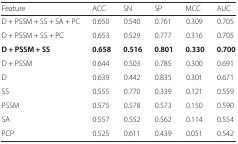
<table><thead><tr><td><b>Feature</b></td><td><b>ACC</b></td><td><b>SN</b></td><td><b>SP</b></td><td><b>MCC</b></td><td><b>AUC</b></td></tr></thead><tbody><tr><td>D + PSSM + SS + SA + PC</td><td>0.650</td><td>0.540</td><td>0.761</td><td>0.309</td><td>0.705</td></tr><tr><td>D + PSSM + SS + PC</td><td>0.653</td><td>0.529</td><td>0.777</td><td>0.316</td><td>0.705</td></tr><tr><td><b>D + PSSM + SS</b></td><td><b>0.658</b></td><td><b>0.516</b></td><td><b>0.801</b></td><td><b>0.330</b></td><td><b>0.700</b></td></tr><tr><td>D + PSSM</td><td>0.644</td><td>0.503</td><td>0.785</td><td>0.300</td><td>0.691</td></tr><tr><td>D</td><td>0.639</td><td>0.442</td><td>0.835</td><td>0.301</td><td>0.671</td></tr><tr><td>SS</td><td>0.555</td><td>0.770</td><td>0.339</td><td>0.121</td><td>0.559</td></tr><tr><td>PSSM</td><td>0.575</td><td>0.578</td><td>0.573</td><td>0.150</td><td>0.590</td></tr><tr><td>SA</td><td>0.557</td><td>0.552</td><td>0.562</td><td>0.114</td><td>0.554</td></tr><tr><td>PCP</td><td>0.525</td><td>0.611</td><td>0.439</td><td>0.051</td><td>0.542</td></tr></tbody></table>